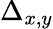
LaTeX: \Delta_{x,y}